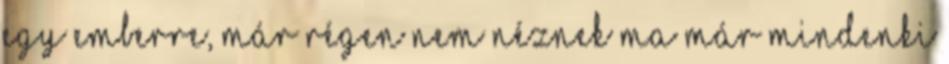
egy emberre, már régen nem néznek ma már mindenki